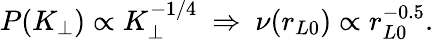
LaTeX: P(K_{\perp})\propto K_{\perp}^{-1/4}\ \Rightarrow\ \nu(r_{L0})\propto r_{L0}^{-0.5}.